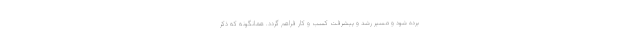
برده شود و مسیر رشد و پیشرفت کسب و کار فراهم گردد. همانگونه که ذکر